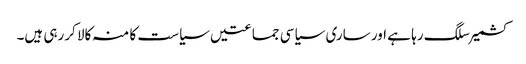
کشمیر سلگ رہا ہے اور ساری سیاسی جماعتیں سیاست کا منہ کالا کررہی ہیں۔